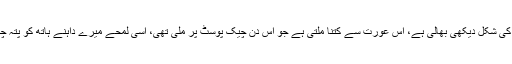
جس لمحے مجھے احساس ہوا کہ اس عورت کی شکل دیکھی بھالی ہے، اس عورت سے کتنا ملتی ہے جو اس دن چیک پوسٹ پر ملی تھی، اسی لمحے میرے داہنے ہاتھ کو پتہ چل گیا کہ اس کے پیٹ کا ابھار مصنوعی ہے۔